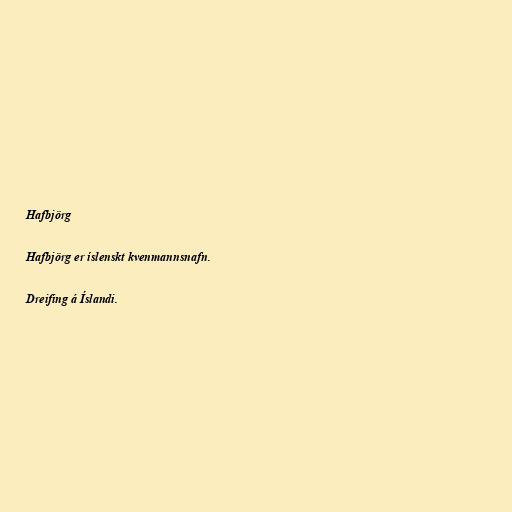
Hafbjörg

Hafbjörg er íslenskt kvenmannsnafn.

Dreifing á Íslandi.